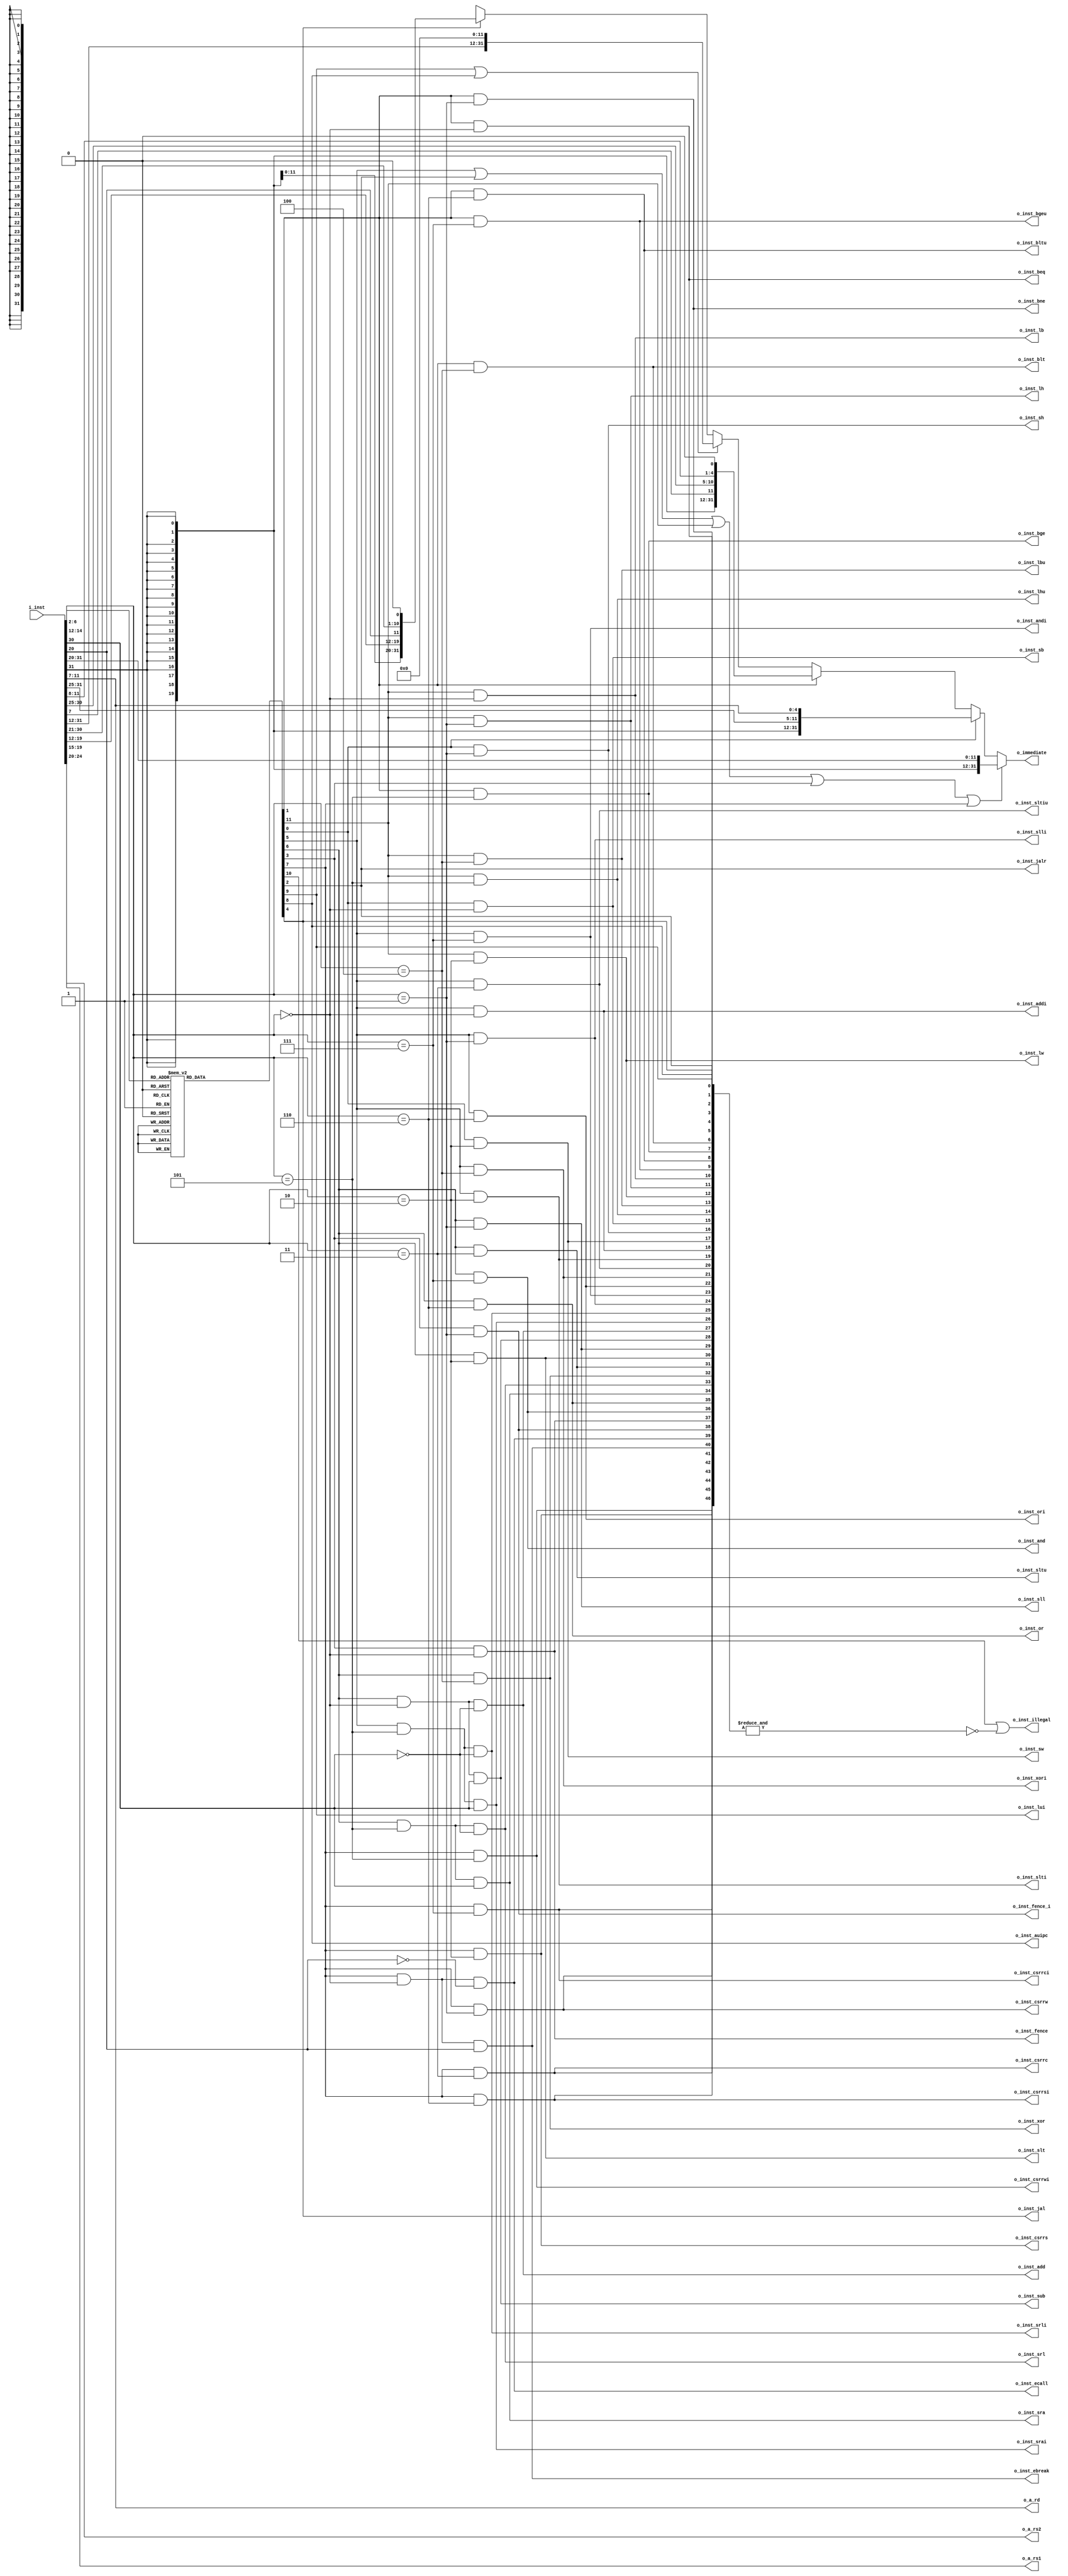
module inst_decoder
  (
   input wire [31:0]  i_inst,
   output wire [31:0] o_immediate,
   output wire [4:0]  o_a_rs1,
   output wire [4:0]  o_a_rs2,
   output wire [4:0]  o_a_rd,
   output wire 	      o_inst_lui,
   output wire 	      o_inst_auipc,
   output wire 	      o_inst_jal,
   output wire 	      o_inst_jalr,
   output wire 	      o_inst_beq,
   output wire 	      o_inst_bne,
   output wire 	      o_inst_blt,
   output wire 	      o_inst_bge,
   output wire 	      o_inst_bltu,
   output wire 	      o_inst_bgeu,
   output wire 	      o_inst_lb,
   output wire 	      o_inst_lh,
   output wire 	      o_inst_lw,
   output wire 	      o_inst_lbu,
   output wire 	      o_inst_lhu,
   output wire 	      o_inst_sb,
   output wire 	      o_inst_sh,
   output wire 	      o_inst_sw,
   output wire 	      o_inst_addi,
   output wire 	      o_inst_slti,
   output wire 	      o_inst_sltiu,
   output wire 	      o_inst_xori,
   output wire 	      o_inst_ori,
   output wire 	      o_inst_andi,
   output wire 	      o_inst_slli,
   output wire 	      o_inst_srli,
   output wire 	      o_inst_srai, 
   output wire 	      o_inst_add,
   output wire 	      o_inst_sub,
   output wire 	      o_inst_sll,
   output wire 	      o_inst_slt,
   output wire 	      o_inst_sltu,
   output wire 	      o_inst_xor,
   output wire 	      o_inst_srl,
   output wire 	      o_inst_sra,
   output wire 	      o_inst_or,
   output wire 	      o_inst_and,
   output wire 	      o_inst_fence,
   output wire 	      o_inst_fence_i,
   output wire 	      o_inst_ecall,
   output wire 	      o_inst_ebreak,
   output wire 	      o_inst_csrrw,
   output wire 	      o_inst_csrrs,
   output wire 	      o_inst_csrrc,
   output wire 	      o_inst_csrrwi,
   output wire 	      o_inst_csrrsi,
   output wire 	      o_inst_csrrci,
   output wire 	      o_inst_illegal
   );

   assign o_a_rs1 = i_inst[19:15];
   assign o_a_rs2 = i_inst[24:20];
   assign o_a_rd = i_inst[11:7];
   reg 		      cat_load, cat_store, cat_branch, cat_jalr, cat_miscmem,
		      cat_jal, cat_opimm, cat_op, cat_system, cat_auipc, cat_lui,
		      cat_illegal;

   always @ (*) begin : CATEGORY
      cat_load = 1'b0;
      cat_store = 1'b0;
      cat_branch = 1'b0;
      cat_jalr = 1'b0;
      cat_miscmem = 1'b0;
      cat_jal = 1'b0;
      cat_opimm = 1'b0;
      cat_op = 1'b0;
      cat_system = 1'b0;
      cat_auipc = 1'b0;
      cat_lui = 1'b0;
      cat_illegal = 1'b0;
      case (i_inst[6:2])
	5'b00000: cat_load = 1'b1;
	5'b01000: cat_store = 1'b1;
	5'b11000: cat_branch = 1'b1;
	5'b11001: cat_jalr = 1'b1;
	5'b00011: cat_miscmem = 1'b1;
	5'b11011: cat_jal = 1'b1;
	5'b00100: cat_opimm = 1'b1;
	5'b01100: cat_op = 1'b1;
	5'b11100: cat_system = 1'b1;
	5'b00101: cat_auipc = 1'b1;
	5'b01101: cat_lui = 1'b1;
	default: cat_illegal = 1'b1;
      endcase // case (inst[6:2])
   end // block: CATEGORY

   wire imm_i, imm_s, imm_b, imm_u, imm_j;
   assign imm_i = cat_opimm | cat_jalr | cat_load | cat_miscmem | cat_system;
   assign imm_s = cat_store;
   assign imm_b = cat_branch;
   assign imm_u = cat_lui | cat_auipc;
   assign imm_j = cat_jal;

   assign o_immediate
     = imm_i ? { {21{i_inst[31]}}, i_inst[30:20] }
       : imm_s ? { {21{i_inst[31]}}, i_inst[30:25], i_inst[11:7] }
       : imm_b ? { {20{i_inst[31]}}, i_inst[7], i_inst[30:25], i_inst[11:8], 1'b0 }
       : imm_u ? { i_inst[31:12], 12'b0 }
       : imm_j ? { {12{i_inst[31]}}, i_inst[19:12], i_inst[20], i_inst[30:21], 1'b0 }
       : 32'bX;

   wire [2:0] funct3;
   wire [6:0] funct7;
   assign funct3 = i_inst[14:12];
   assign funct7 = i_inst[31:25];


   assign o_inst_lui = cat_lui;
   assign o_inst_auipc = cat_auipc;
   assign o_inst_jal = cat_jal;
   assign o_inst_jalr = cat_jalr;
   assign o_inst_beq = cat_branch && funct3 == 3'b000;
   assign o_inst_bne = cat_branch && funct3 == 3'b001;
   assign o_inst_blt = cat_branch && funct3 == 3'b100;
   assign o_inst_bge = cat_branch && funct3 == 3'b101;
   assign o_inst_bltu = cat_branch && funct3 == 3'b110;
   assign o_inst_bgeu = cat_branch && funct3 == 3'b111;
   assign o_inst_lb = cat_load && funct3 == 3'b000;
   assign o_inst_lh = cat_load && funct3 == 3'b001;
   assign o_inst_lw = cat_load && funct3 == 3'b010;
   assign o_inst_lbu = cat_load && funct3 == 3'b100;
   assign o_inst_lhu = cat_load && funct3 == 3'b101;
   assign o_inst_sb = cat_store && funct3 == 3'b000;
   assign o_inst_sh = cat_store && funct3 == 3'b001;
   assign o_inst_sw = cat_store && funct3 == 3'b010;
   assign o_inst_addi = cat_opimm && funct3 == 3'b000;
   assign o_inst_slti = cat_opimm && funct3 == 3'b010;
   assign o_inst_sltiu = cat_opimm && funct3 == 3'b011;
   assign o_inst_xori = cat_opimm && funct3 == 3'b100;
   assign o_inst_ori = cat_opimm && funct3 == 3'b110;
   assign o_inst_andi = cat_opimm && funct3 == 3'b111;
   assign o_inst_slli = cat_opimm && funct3 == 3'b001;
   assign o_inst_srli = cat_opimm && funct3 == 3'b101 && !funct7[5];
   assign o_inst_srai = cat_opimm && funct3 == 3'b101 && funct7[5];
   assign o_inst_add = cat_op && funct3 == 3'b000 && !funct7[5];
   assign o_inst_sub = cat_op && funct3 == 3'b000 && funct7[5];
   assign o_inst_sll = cat_op && funct3 == 3'b001;
   assign o_inst_slt = cat_op && funct3 == 3'b010;
   assign o_inst_sltu = cat_op && funct3 == 3'b011;
   assign o_inst_xor = cat_op && funct3 == 3'b100;
   assign o_inst_srl = cat_op && funct3 == 3'b101 && !funct7[5];
   assign o_inst_sra = cat_op && funct3 == 3'b101 && funct7[5];
   assign o_inst_or = cat_op && funct3 == 3'b110;
   assign o_inst_and = cat_op && funct3 == 3'b111;
   assign o_inst_fence = cat_miscmem && funct3 == 3'b000;
   assign o_inst_fence_i = cat_miscmem && funct3 == 3'b001;
   assign o_inst_ecall = cat_system && funct3 == 3'b000 && !o_a_rs2[0];
   assign o_inst_ebreak = cat_system && funct3 == 3'b000 && o_a_rs2[0];
   assign o_inst_csrrw = cat_system && funct3 == 3'b001;
   assign o_inst_csrrs = cat_system && funct3 == 3'b010;
   assign o_inst_csrrc = cat_system && funct3 == 3'b011;   
   assign o_inst_csrrwi = cat_system && funct3 == 3'b101;   
   assign o_inst_csrrsi = cat_system && funct3 == 3'b110;   
   assign o_inst_csrrci = cat_system && funct3 == 3'b111;

   assign o_inst_illegal
     = cat_illegal ||
       !(&{
    	   o_inst_lui,
    	   o_inst_auipc,
    	   o_inst_jal,
    	   o_inst_jalr,
    	   o_inst_beq,
    	   o_inst_bne,
    	   o_inst_blt,
    	   o_inst_bge,
    	   o_inst_bltu,
    	   o_inst_bgeu,
    	   o_inst_lb,
    	   o_inst_lh,
    	   o_inst_lw,
    	   o_inst_lbu,
    	   o_inst_lhu,
    	   o_inst_sb,
    	   o_inst_sh,
    	   o_inst_sw,
    	   o_inst_addi,
    	   o_inst_slti,
    	   o_inst_sltiu,
    	   o_inst_xori,
    	   o_inst_ori,
    	   o_inst_andi,
    	   o_inst_slli,
    	   o_inst_srli,
    	   o_inst_srai, 
    	   o_inst_add,
    	   o_inst_sub,
    	   o_inst_sll,
    	   o_inst_slt,
    	   o_inst_sltu,
    	   o_inst_xor,
    	   o_inst_srl,
    	   o_inst_sra,
    	   o_inst_or,
    	   o_inst_and,
    	   o_inst_fence,
    	   o_inst_fence_i,
    	   o_inst_ecall,
    	   o_inst_ebreak,
    	   o_inst_csrrw,
    	   o_inst_csrrs,
    	   o_inst_csrrc,
    	   o_inst_csrrwi,
    	   o_inst_csrrsi,
    	   o_inst_csrrci
	   });
endmodule